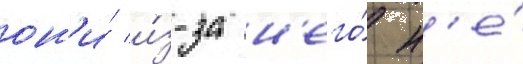
он'и́ и́з-за н'его́ н'е́